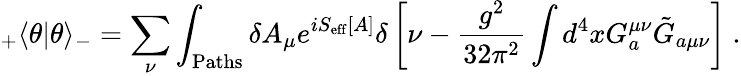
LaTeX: _+\langle\theta|\theta\rangle_{-}=\sum_{\nu}\int_{\mathrm{Paths}}\delta A_{\mu}e^{iS_{\mathrm{eff}}[A]}\delta\left[\nu-\frac{g^{2}}{32\pi^{2}}\int d^{4}xG_{a}^{\mu\nu}\tilde{G}_{a\mu\nu}\right]~.